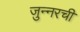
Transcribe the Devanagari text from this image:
जुन्‍नरची